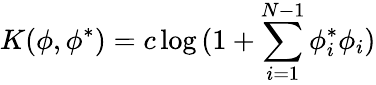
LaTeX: K(\phi,\phi^{*})=c\log{(1+\sum_{i=1}^{N-1}\phi_{i}^{*}\phi_{i})}